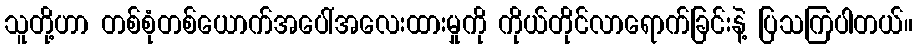
သူတို့ဟာ တစ်စုံတစ်ယောက်အပေါ်အလေးထားမှုကို ကိုယ်တိုင်လာရောက်ခြင်းနဲ့ ပြသကြပါတယ်။